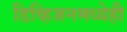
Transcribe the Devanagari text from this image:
डिव्हिजनमध्येही